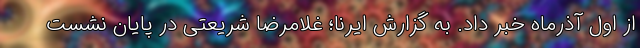
از اول آذرماه خبر داد. به گزارش ایرنا؛ غلامرضا شریعتی در پایان نشست